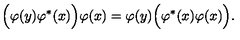
\Bigl ( \varphi ( y ) \varphi ^ { * } ( x ) \Bigl ) \varphi ( x ) = \varphi ( y ) \Bigl ( \varphi ^ { * } ( x ) \varphi ( x ) \Bigl ) .